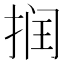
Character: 𰓷